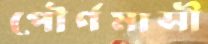
পৌর্ণমাসী